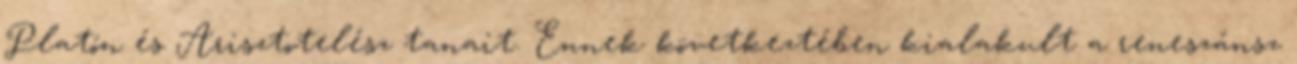
Platón és Arisztotelész tanait. Ennek következtében kialakult a reneszánsz